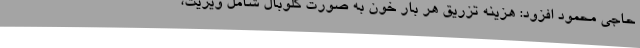
حاجی محمود افزود: هزینه تزریق هر بار خون به صورت گلوبال شامل ویزیت،